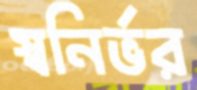
স্বনির্ভর